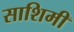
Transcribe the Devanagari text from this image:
साशिमी